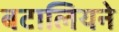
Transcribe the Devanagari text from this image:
बटालियने